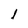
Character: l